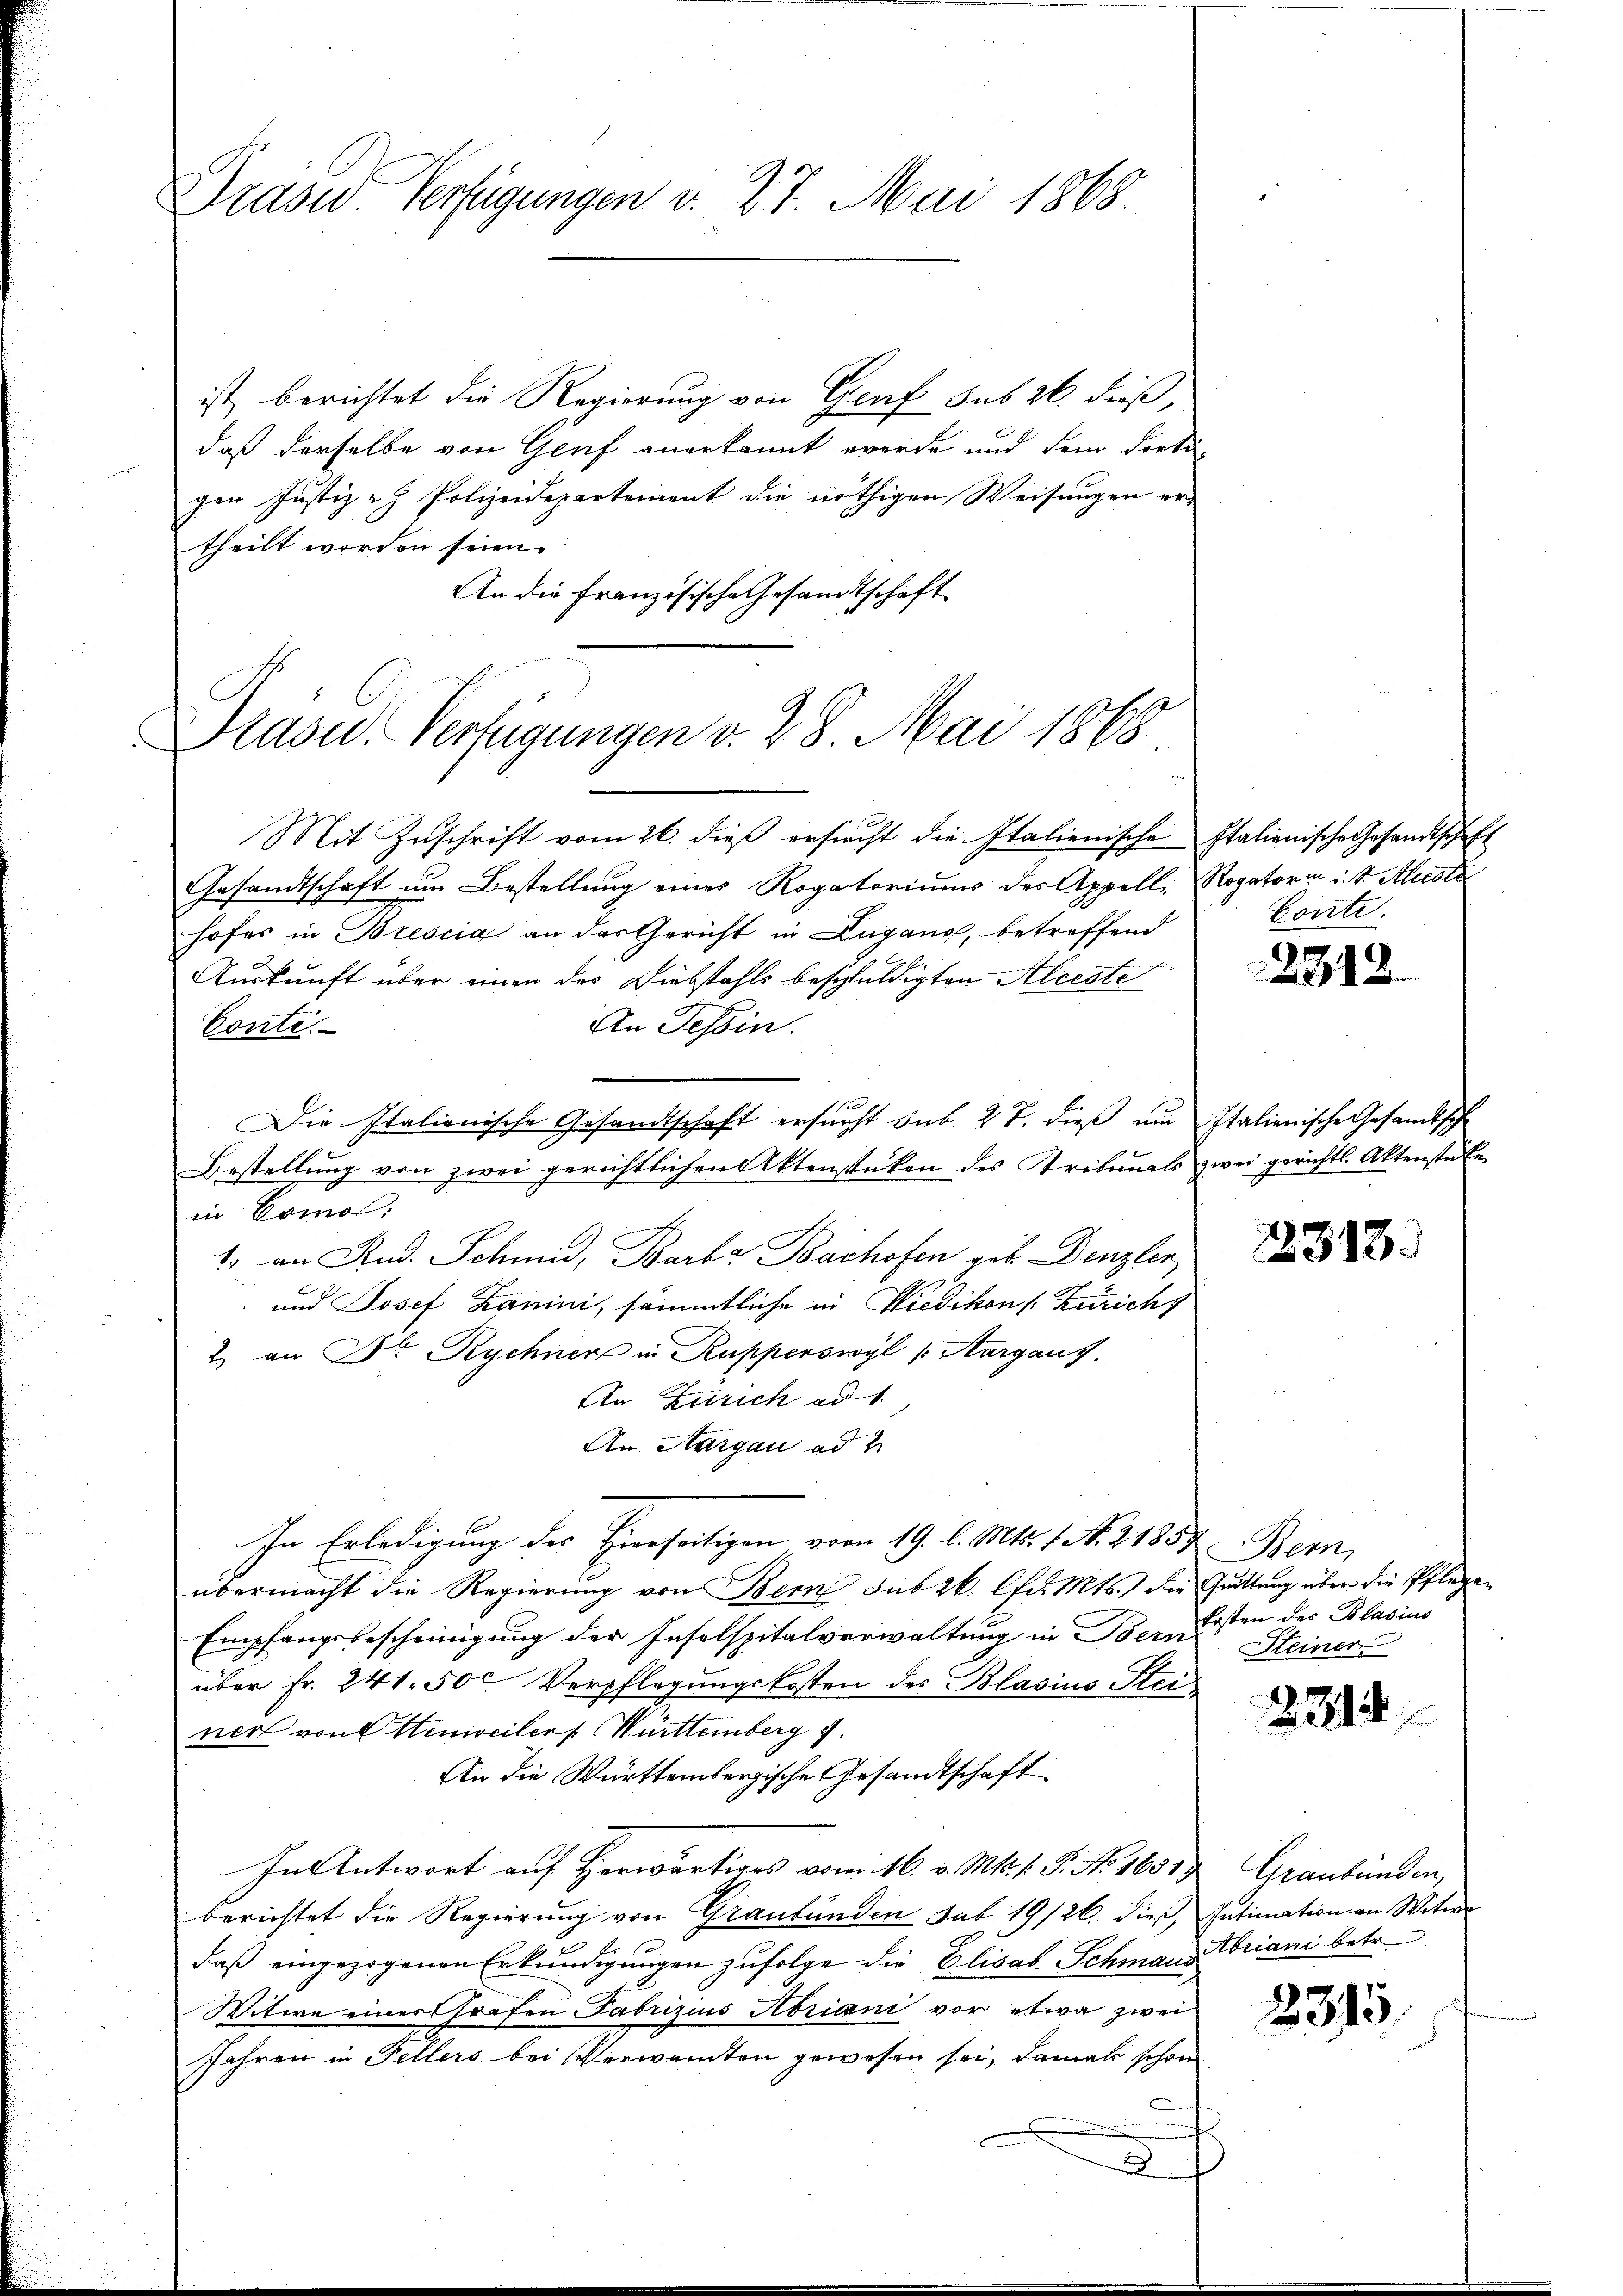
Drase Verfügungen v. 27. Mai 1868.

ist, berichtet die Regierung von Genf sub 26. dieß,
daß derselbe von Genf anerkannt werde und dem dortigen Justiz - Polizeidepartement die nöthigen Weisungen ertheilt worden seien.
An die Französische Gesandtschaft
Drasc. Verfügungen v. 28. Mai 1868

Mit Zŭschrift vom 26. dieβ ersicht die Italienische Italienische Gesandtschaft
Gesandtschaft um Bestellung eines Rogatoriums des Appelle Rogatori i S. Alecoli
hofes in Brescia an das Gericht in Lugano, betreffend
Auskunft über einen der Diebstahls beschuldigten Alceste
An Tessin.
Conte.
.
Die Italienische Gesandtschaft ersucht sub 27. dieß um Italienische Gesandtsche
Bestellung von zwei gerichtlichen Aktenstüken des Tribunals zwei gerichts. Aktenstücke
in Como,
1. an Rud. Schmid, Barke Bachofen geb. Denzler
und Josef Banni, sämmtliche in Wiedikon [Züricht
2. an Dr Rychner in Rupperswyl (Aargaus.
An Zürich ad 1
An Aargau ad 2
In Erledigung des Hierseitigen vom 19. l. Mts. 1. No. 21357. Bern,
übermacht die Regierung von Bern sub 26. lfd. Mts. die Quittung über die Pflegen
Empfangsbescheinigung der Inselspitalverwaltung in Bern Steiner
über Fr. 241. 500 Verpflegungskosten des Blasius Stei
ner von Hinweiler Württemberg g
An die Württembergische Gesandtschaft
In Antwort auf Horwärtiges vom 16. v. Mts. f. P. No 1655. Graubünden,
berichtet die Regierung von Graubünden sub 19/26. dieß, Intimation an Witwe
daß eingezogenen Erkundigungen zufolge die Elisab. Schmaus Triani betr.
Witwe eines Grafen Fabrizius Abriani vor etwa zwei
Jahren in Fellers bei Verwandten gewesen sei, damals schon
.

Conti.

2312

2313.

kosten des Blasius

2314

2315